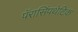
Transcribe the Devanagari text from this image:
पॅरासिंपथेटिक